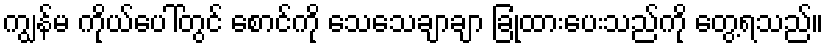
ကျွန်မ ကိုယ်ပေါ်တွင် စောင်ကို သေသေချာချာ ခြုံထားပေးသည်ကို တွေ့ရသည်။